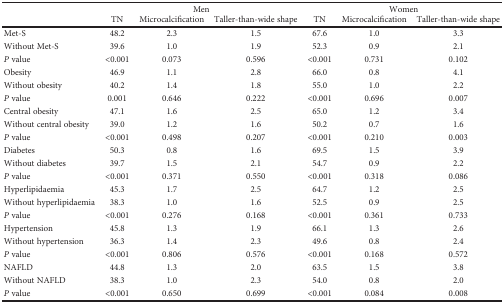
<table><thead><tr><td rowspan="2">[EMPTY_CELL]</td><td colspan="3"><b>Men</b></td><td colspan="3"><b>Women</b></td></tr><tr><td><b>TN</b></td><td><b>Microcalcification</b></td><td><b>Taller-than-wide shape</b></td><td><b>TN</b></td><td><b>Microcalcification</b></td><td><b>Taller-than-wide shape</b></td></tr></thead><tbody><tr><td>Met-S</td><td>48.2</td><td>2.3</td><td>1.5</td><td>67.6</td><td>1.0</td><td>3.3</td></tr><tr><td>Without Met-S</td><td>39.6</td><td>1.0</td><td>1.9</td><td>52.3</td><td>0.9</td><td>2.1</td></tr><tr><td><i>P</i> value</td><td>&lt;0.001</td><td>0.073</td><td>0.596</td><td>&lt;0.001</td><td>0.731</td><td>0.102</td></tr><tr><td>Obesity</td><td>46.9</td><td>1.1</td><td>2.8</td><td>66.0</td><td>0.8</td><td>4.1</td></tr><tr><td>Without obesity</td><td>40.2</td><td>1.4</td><td>1.8</td><td>55.0</td><td>1.0</td><td>2.2</td></tr><tr><td><i>P</i> value</td><td>0.001</td><td>0.646</td><td>0.222</td><td>&lt;0.001</td><td>0.696</td><td>0.007</td></tr><tr><td>Central obesity</td><td>47.1</td><td>1.6</td><td>2.5</td><td>65.0</td><td>1.2</td><td>3.4</td></tr><tr><td>Without central obesity</td><td>39.0</td><td>1.2</td><td>1.6</td><td>50.2</td><td>0.7</td><td>1.6</td></tr><tr><td><i>P</i> value</td><td>&lt;0.001</td><td>0.498</td><td>0.207</td><td>&lt;0.001</td><td>0.210</td><td>0.003</td></tr><tr><td>Diabetes</td><td>50.3</td><td>0.8</td><td>1.6</td><td>69.5</td><td>1.5</td><td>3.9</td></tr><tr><td>Without diabetes</td><td>39.7</td><td>1.5</td><td>2.1</td><td>54.7</td><td>0.9</td><td>2.2</td></tr><tr><td><i>P</i> value</td><td>&lt;0.001</td><td>0.371</td><td>0.550</td><td>&lt;0.001</td><td>0.318</td><td>0.086</td></tr><tr><td>Hyperlipidaemia</td><td>45.3</td><td>1.7</td><td>2.5</td><td>64.7</td><td>1.2</td><td>2.5</td></tr><tr><td>Without hyperlipidaemia</td><td>38.3</td><td>1.0</td><td>1.6</td><td>52.5</td><td>0.9</td><td>2.5</td></tr><tr><td><i>P</i> value</td><td>&lt;0.001</td><td>0.276</td><td>0.168</td><td>&lt;0.001</td><td>0.361</td><td>0.733</td></tr><tr><td>Hypertension</td><td>45.8</td><td>1.3</td><td>1.9</td><td>66.1</td><td>1.3</td><td>2.6</td></tr><tr><td>Without hypertension</td><td>36.3</td><td>1.4</td><td>2.3</td><td>49.6</td><td>0.8</td><td>2.4</td></tr><tr><td><i>P</i> value</td><td>&lt;0.001</td><td>0.806</td><td>0.576</td><td>&lt;0.001</td><td>0.168</td><td>0.572</td></tr><tr><td>NAFLD</td><td>44.8</td><td>1.3</td><td>2.0</td><td>63.5</td><td>1.5</td><td>3.8</td></tr><tr><td>Without NAFLD</td><td>38.3</td><td>1.0</td><td>2.3</td><td>54.0</td><td>0.8</td><td>2.0</td></tr><tr><td><i>P</i> value</td><td>&lt;0.001</td><td>0.650</td><td>0.699</td><td>&lt;0.001</td><td>0.084</td><td>0.008</td></tr></tbody></table>